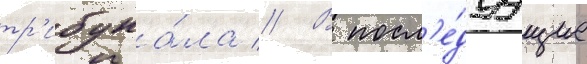
тр'ибуна́ла // В посл'е́дуущие